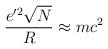
LaTeX: \begin{align*}\frac{e'^2 \sqrt{N}}{R} \approx mc^2\end{align*}